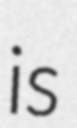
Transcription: is